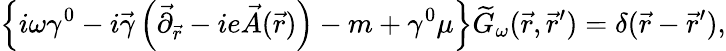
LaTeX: \left\{ i\omega\gamma^{0}-i\vec{\gamma}\left(\vec{\partial}_{\vec{r}}-ie\vec{A}(\vec{r})\right)-m+\gamma^{0}\mu\right\} \widetilde{G}_{\omega}(\vec{r},\vec{r}^{\prime})=\delta(\vec{r}-\vec{r}^{\prime}),